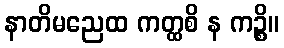
နာတိမညေထ ကတ္ထစိ န ကဉ္စိ။